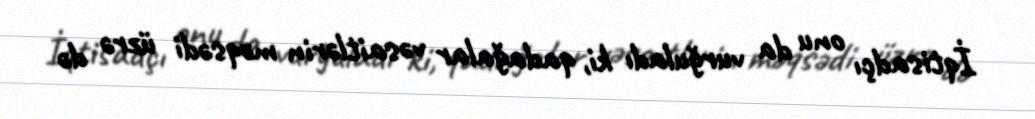
İqtisadçı onu da vurğuladı ki, qadağalar vəsaitlərin məqsədi üzrə də